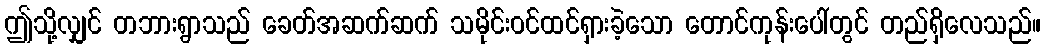
ဤသို့လျှင် တဘားရွာသည် ခေတ်အဆက်ဆက် သမိုင်းဝင်ထင်ရှားခဲ့သော တောင်ကုန်းပေါ်တွင် တည်ရှိလေသည်။